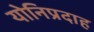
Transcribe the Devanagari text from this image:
योनिप्रदाह